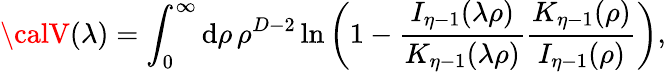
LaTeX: {\calV}(\lambda)=\int_{0}^{\infty}\mathrm{d}\rho\, \rho^{D-2}\ln\left(1-{\frac{{I_{\eta-1}(\lambda\rho)}}{{K_{\eta-1}(\lambda\rho)}}}{\frac{{K_{\eta-1}(\rho)}}{{I_{\eta-1}(\rho)}}}\right),